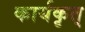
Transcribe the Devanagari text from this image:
कार्यकृत्